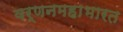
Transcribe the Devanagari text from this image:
वर्णनमहाभारत